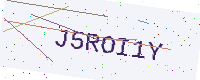
Text: J5ROI1Y